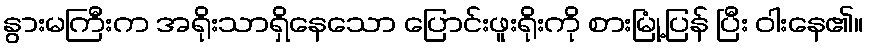
နွားမကြီးက အရိုးသာရှိနေသော ပြောင်းဖူးရိုးကို စားမြုံ့ပြန် ပြီး ဝါးနေ၏။